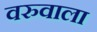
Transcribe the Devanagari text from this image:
वरुवाला